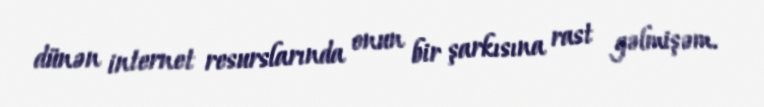
dünən internet resurslarında onun bir şarkısına rast gəlmişəm.